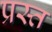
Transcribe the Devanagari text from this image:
प्रस्त